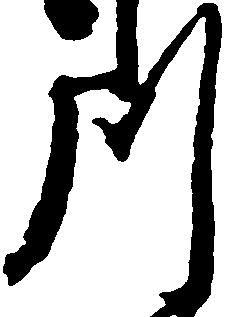
川